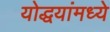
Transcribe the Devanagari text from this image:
योद्धयांमध्ये